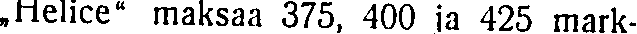
,,Helice'' maksaa 375, 400 ja 425 mark-